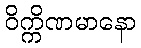
ဝိက္ကိဏမာနော